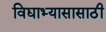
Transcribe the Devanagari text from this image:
विद्याभ्यासासाठी